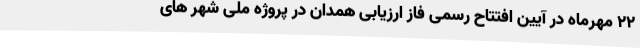
22 مهرماه در آیین افتتاح رسمی فاز ارزیابی همدان در پروژه ملی شهر های